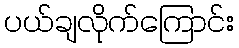
ပယ်ချလိုက်ကြောင်း